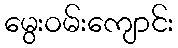
မွေးဝမ်းကျောင်း